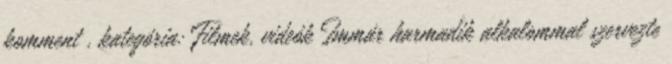
komment , kategória: Filmek, videók Immár harmadik alkalommal szervezte